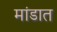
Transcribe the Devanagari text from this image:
मांडात